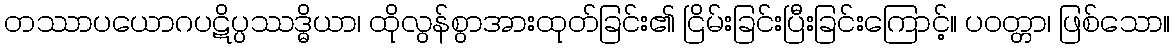
တဿာပယောဂပဋိပ္ပဿဒ္ဓိယာ၊ ထိုလွန်စွာအားထုတ်ခြင်း၏ ငြိမ်းခြင်းပြီးခြင်းကြောင့်။ ပဝတ္တာ၊ ဖြစ်သော။